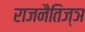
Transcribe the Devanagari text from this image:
राजनैतिज्ञ